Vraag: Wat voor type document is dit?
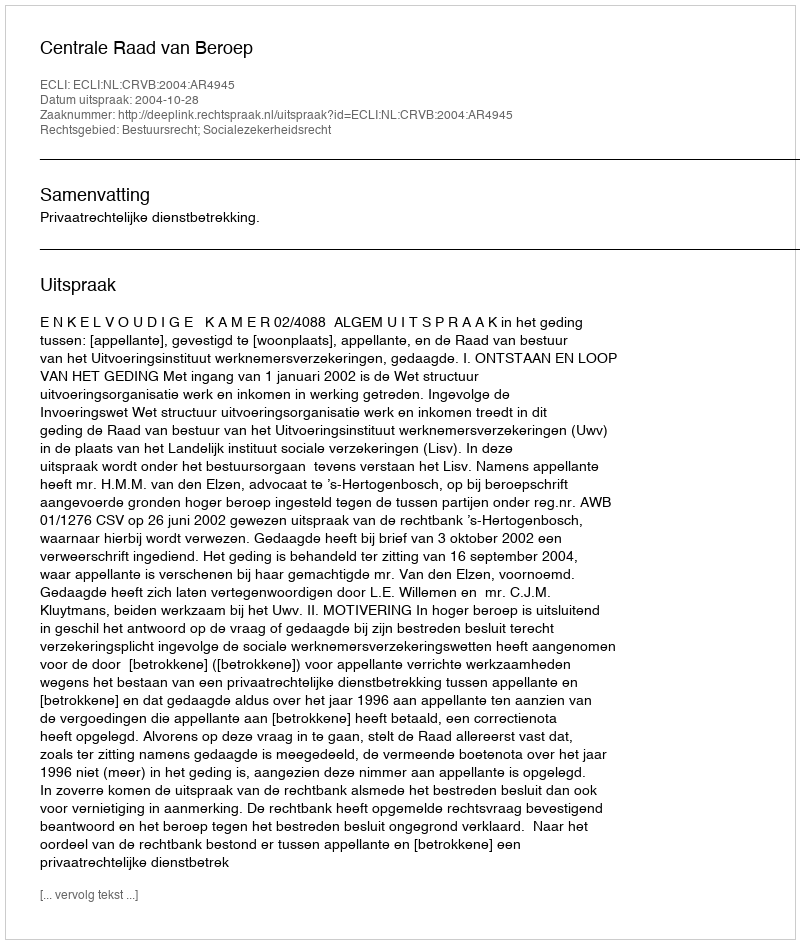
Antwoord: Uitspraak